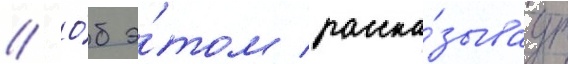
// О́б э́том расска́зываут